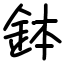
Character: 鉢